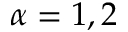
\alpha = 1 , 2